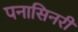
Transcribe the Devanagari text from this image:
पनासिनरी